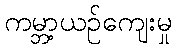
ကမ္ဘာ့ယဉ်ကျေးမှု